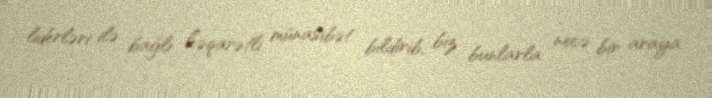
liderləri ilə bağlı həqarətli münasibət bildirib, biz bunlarla necə bir araya